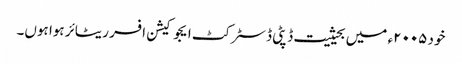
خود ۲۰۰۵ء میں بحیثیت ڈپٹی ڈسٹرکٹ ایجوکیشن افسر ریٹائر ہوا ہوں۔